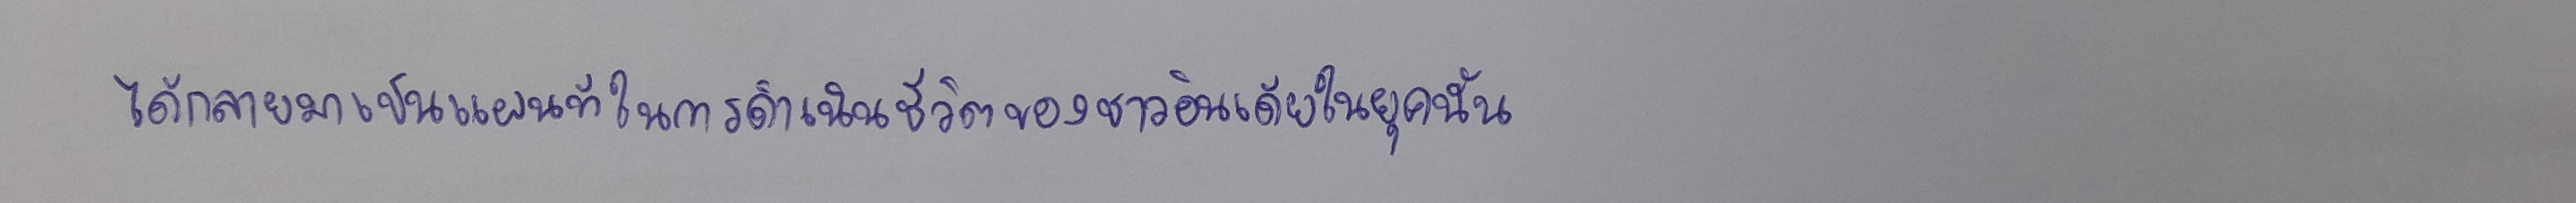
ได้กลายมาเป็นแผนที่ในการดำเนินชีวิตของชาวอินเดียในยุคนั้น